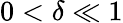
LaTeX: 0<\delta\ll 1